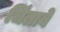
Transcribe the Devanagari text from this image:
चिंतावे